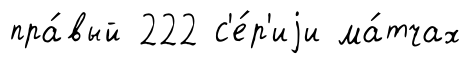
пра́вый 222 с'е́р'иjи ма́тчах